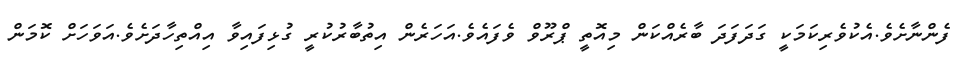
ފެންނާށެވެ.އެކުވެރިކަމަކީ ގަދަފަދަ ބާރެއްކަން މިއޮތީ ޕްރޫވް ވެފައެވެ.އަހަރެން އިތުބާރުކުރީ ގުޅިފައިވާ އިއްތިހާދަށެވެ.އަވަހަށް ކޮމަން